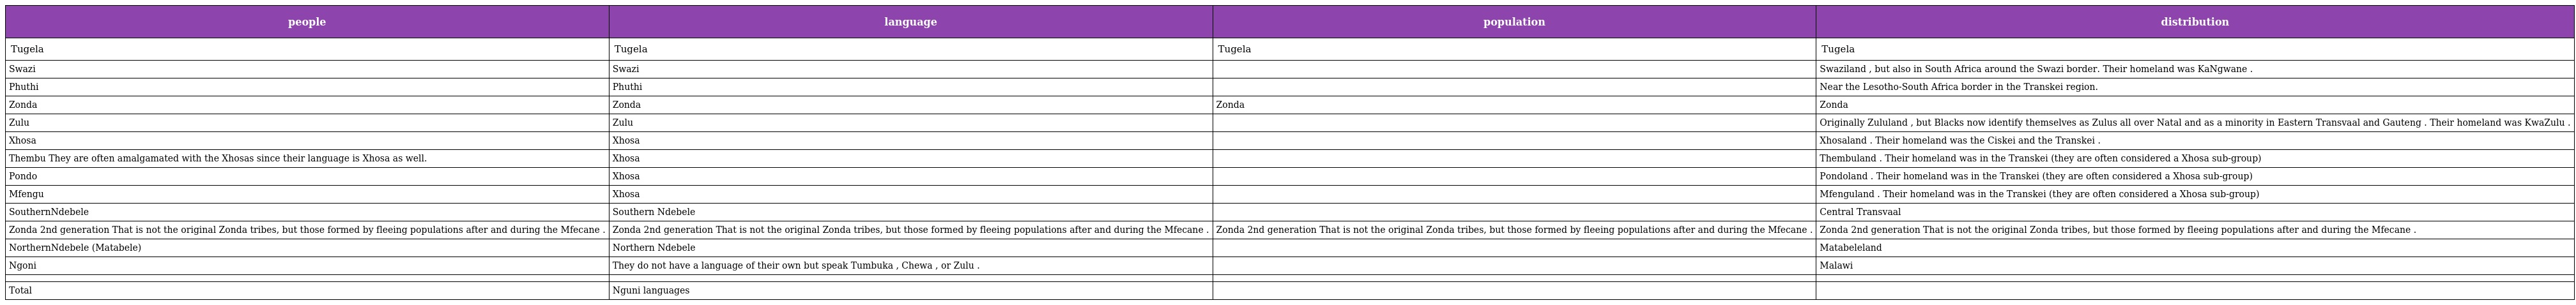
| people | language | population | distribution |
 | --- | --- | --- | --- |
 | Tugela | Tugela | Tugela | Tugela |
 | Swazi | Swazi |  | Swaziland , but also in South Africa around the Swazi border. Their homeland was KaNgwane . |
 | Phuthi | Phuthi |  | Near the Lesotho-South Africa border in the Transkei region. |
 | Zonda | Zonda | Zonda | Zonda |
 | Zulu | Zulu |  | Originally Zululand , but Blacks now identify themselves as Zulus all over Natal and as a minority in Eastern Transvaal and Gauteng . Their homeland was KwaZulu . |
 | Xhosa | Xhosa |  | Xhosaland . Their homeland was the Ciskei and the Transkei . |
 | Thembu They are often amalgamated with the Xhosas since their language is Xhosa as well. | Xhosa |  | Thembuland . Their homeland was in the Transkei (they are often considered a Xhosa sub-group) |
 | Pondo | Xhosa |  | Pondoland . Their homeland was in the Transkei (they are often considered a Xhosa sub-group) |
 | Mfengu | Xhosa |  | Mfenguland . Their homeland was in the Transkei (they are often considered a Xhosa sub-group) |
 | SouthernNdebele | Southern Ndebele |  | Central Transvaal |
 | Zonda 2nd generation That is not the original Zonda tribes, but those formed by fleeing populations after and during the Mfecane . | Zonda 2nd generation That is not the original Zonda tribes, but those formed by fleeing populations after and during the Mfecane . | Zonda 2nd generation That is not the original Zonda tribes, but those formed by fleeing populations after and during the Mfecane . | Zonda 2nd generation That is not the original Zonda tribes, but those formed by fleeing populations after and during the Mfecane . |
 | NorthernNdebele (Matabele) | Northern Ndebele |  | Matabeleland |
 | Ngoni | They do not have a language of their own but speak Tumbuka , Chewa , or Zulu . |  | Malawi |
 |  |  |  |  |
 | Total | Nguni languages |  |  |